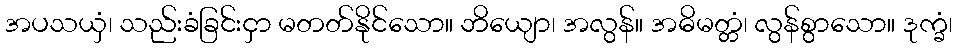
အပသယှံ၊ သည်းခံခြင်းငှာ မတတ်နိုင်သော။ ဘိယျော၊ အလွန်။ အဓိမတ္တံ၊ လွန်စွာသော။ ဒုက္ခံ၊